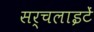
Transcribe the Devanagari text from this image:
सर्चलाइटें